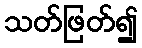
သတ်ဖြတ်၍